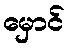
မှောင်